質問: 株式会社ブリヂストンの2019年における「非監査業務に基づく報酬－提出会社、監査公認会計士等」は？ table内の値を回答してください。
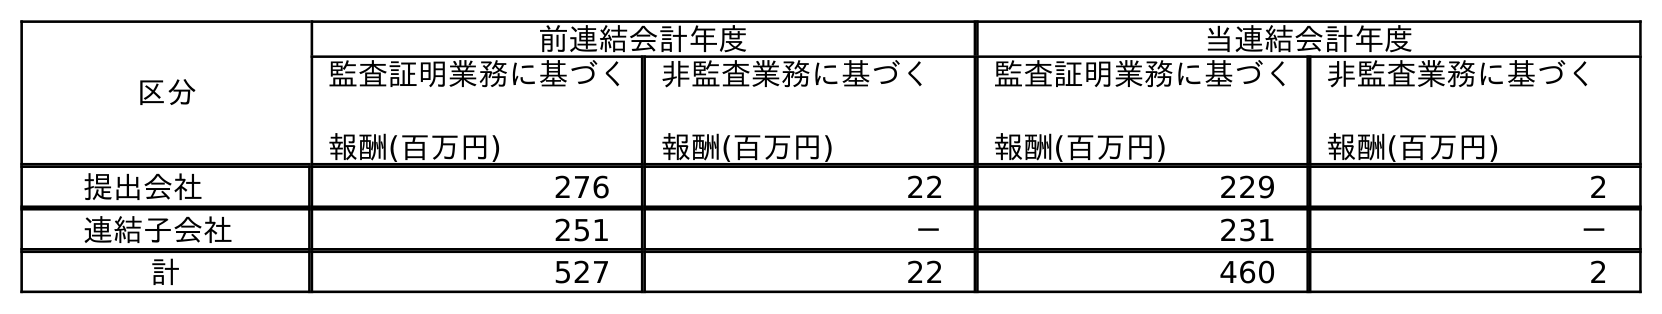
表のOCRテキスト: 区分 前連結会計年度 当連結会計年度 監査証明業務に基づく 報酬(百万円) 非監査業務に基づく 報酬(百万円) 監査証明業務に基づく 報酬(百万円) 非監査業務に基づく 報酬(百万円) 提出会社 276 22 229 2 連結子会社 251 － 231 － 計 527 22 460 2
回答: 22